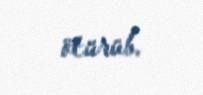
ötürüb.